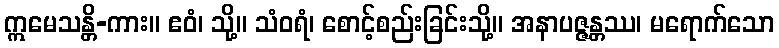
ဣမေသန္တိ-ကား။ ဧဝံ၊ သို့။ သံဝရံ၊ စောင့်စည်းခြင်းသို့။ အနာပဇ္ဇန္တဿ၊ မရောက်သော